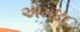
એમ૪૮